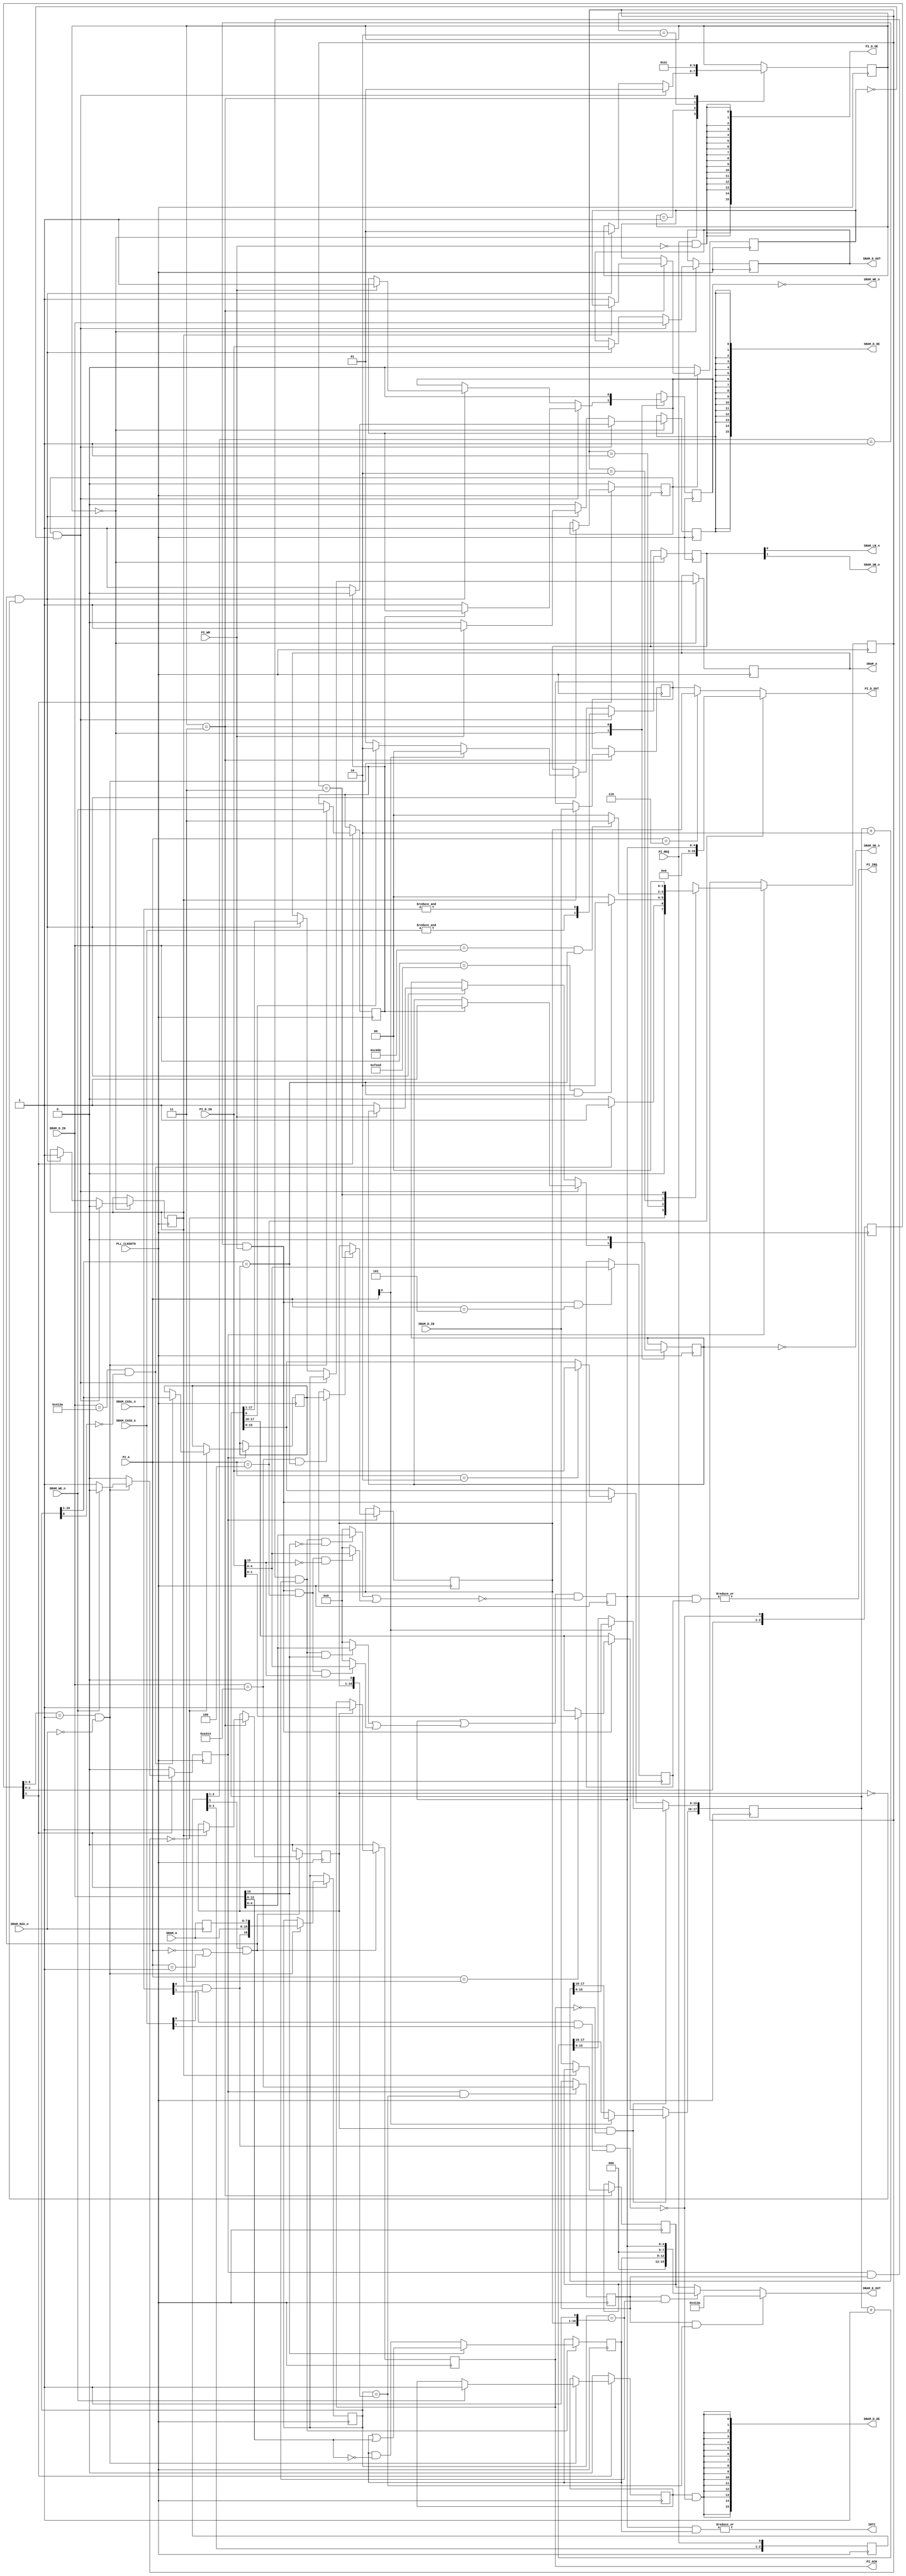
module a314(
    input PLL_CLKOUT0,

    // Amiga signals
    output INT2,
    input DRAM_WE_n,
    input DRAM_RAS_n,
    input [1:0] DRAM_CASL_n,
    input [1:0] DRAM_CASU_n,
    input [7:0] DRAM_A,
    input [15:0] DRAM_D_IN,
    output [15:0] DRAM_D_OUT,
    output [15:0] DRAM_D_OE,

    // Pi signals
    input PI_REQ,
    output PI_ACK,
    output PI_IRQ,
    input PI_WR,
    input [3:0] PI_A,
    input [15:0] PI_D_IN,
    output [15:0] PI_D_OUT,
    output [15:0] PI_D_OE,

    // SRAM signals
    output SRAM_LB_n,
    output SRAM_UB_n,
    output SRAM_OE_n,
    output SRAM_WE_n,
    output [16:0] SRAM_A,
    input [15:0] SRAM_D_IN,
    output [15:0] SRAM_D_OUT,
    output [15:0] SRAM_D_OE
);

wire clk = PLL_CLKOUT0;

// {BASE_ADDRESS, R2A_HEAD, A2R_TAIL, A2R_HEAD, R2A_TAIL}
reg [4:0] int_req;

// ######### DRAM interface logic

reg [7:0] ras_address;

always @(negedge DRAM_RAS_n)
    ras_address <= DRAM_A;

wire cas0_n = DRAM_CASL_n[0] && DRAM_CASU_n[0];
wire cas1_n = DRAM_CASL_n[1] && DRAM_CASU_n[1];
wire cas_n = cas0_n && cas1_n;

(* async_reg = "true" *) reg [2:0] cas_sync;

always @(posedge clk)
    cas_sync <= {cas_sync[1:0], !cas_n};

// Signals to the SRAM interface.
reg dram_access_request;
reg dram_access_complete;
reg [15:0] dram_data_read;
reg [16:0] dram_address;
reg dram_read;
wire [1:0] dram_dqm_n = {&DRAM_CASU_n, &DRAM_CASL_n};

reg dram_read_req;
reg dram_write_req_started;

always @(posedge clk) begin
    dram_write_req_started <= 1'b0;

    if (!cas_sync[1]) begin
        dram_read_req <= 1'b0;
        dram_access_request <= 1'b0;
    end else if (cas_sync[2:1] == 2'b01 && !DRAM_RAS_n) begin
        dram_address <= {cas0_n, DRAM_A, ras_address};
        dram_read <= DRAM_WE_n;
        if (DRAM_WE_n)
            dram_read_req <= 1'b1;
        else
            dram_write_req_started <= 1'b1;
        // Always issue an sram access, even when reading com area words.
        dram_access_request <= 1'b1;
    end
end

// Com area base address state machine.
reg [15:0] tentative_com_area_base_address;
reg [15:0] com_area_base_address = 16'hffff;

localparam [1:0] CABA_DET_IDLE = 2'd0;
localparam [1:0] CABA_DET_MATCHED_WORD1 = 2'd1;
localparam [1:0] CABA_DET_MATCHED_WORD2 = 2'd2;
localparam [1:0] CABA_DET_MATCHED_WORD3 = 2'd3;

reg [1:0] caba_det_state = CABA_DET_IDLE;

wire matches_tentative_caba = dram_address[16:1] == tentative_com_area_base_address;

always @(posedge clk) begin
    if (dram_write_req_started) begin
        case (caba_det_state)
            CABA_DET_IDLE: begin
                if (DRAM_D_IN == 16'h413a && !dram_address[0]) begin
                    tentative_com_area_base_address <= dram_address[16:1];
                    caba_det_state <= CABA_DET_MATCHED_WORD1;
                end else
                    caba_det_state <= CABA_DET_IDLE;
            end
            CABA_DET_MATCHED_WORD1: begin
                if (DRAM_D_IN == 16'hfeed && matches_tentative_caba)
                    caba_det_state <= CABA_DET_MATCHED_WORD2;
                else
                    caba_det_state <= CABA_DET_IDLE;
            end
            CABA_DET_MATCHED_WORD2: begin
                if (DRAM_D_IN == 16'hc0de && matches_tentative_caba)
                    caba_det_state <= CABA_DET_MATCHED_WORD3;
                else
                    caba_det_state <= CABA_DET_IDLE;
            end
            CABA_DET_MATCHED_WORD3: begin
                if (DRAM_D_IN == 16'ha314 && matches_tentative_caba)
                    com_area_base_address <= tentative_com_area_base_address;
                caba_det_state <= CABA_DET_IDLE;
            end
        endcase
    end
end

reg com_area_unlocked;

always @(posedge clk) begin
    if (dram_write_req_started && dram_address == {com_area_base_address, 1'b0})
        com_area_unlocked <= DRAM_D_IN == 16'ha314;
end

wire am_write_irq = dram_write_req_started && com_area_unlocked && dram_address == {com_area_base_address, 1'b1};
wire [4:0] am_set_bits = am_write_irq && DRAM_D_IN[15] ? DRAM_D_IN[4:0] : 5'd0;
wire [4:0] am_clr_bits = am_write_irq && !DRAM_D_IN[15] ? DRAM_D_IN[4:0] : 5'd0;

reg [4:0] am_int_ena;
assign INT2 = |(int_req & am_int_ena);

always @(posedge clk) begin
    if (am_write_irq) begin
        if (DRAM_D_IN[15])
            am_int_ena <= am_int_ena | DRAM_D_IN[12:8];
        else
            am_int_ena <= am_int_ena & ~DRAM_D_IN[12:8];
    end
end

reg [15:0] dram_data_out;
assign DRAM_D_OUT = dram_data_out;

always @(*) begin
    if (com_area_unlocked && dram_address == {com_area_base_address, 1'b0})
        dram_data_out <= 16'h413a;
    else if (com_area_unlocked && dram_address == {com_area_base_address, 1'b1})
        dram_data_out <= {3'd0, am_int_ena, 3'd0, int_req};
    else
        dram_data_out <= dram_data_read;
end

wire dram_drive_data = dram_read_req && !cas_n;
assign DRAM_D_OE = {16{dram_drive_data}};

// ######### Pi interface logic

localparam [3:0] PI_REG_SRAM_BYTE = 4'd0;
localparam [3:0] PI_REG_SRAM_WORD = 4'd1;
localparam [3:0] PI_REG_ADDR_LO = 4'd2;
localparam [3:0] PI_REG_ADDR_HI = 4'd3;
localparam [3:0] PI_REG_INT_REQ = 4'd4;
localparam [3:0] PI_REG_INT_ENA = 4'd5;
localparam [3:0] PI_REG_CA_BASE_ADDR = 4'd6;
localparam [3:0] PI_REG_RESERVED7 = 4'd7;

(* async_reg = "true" *) reg [2:0] pi_req_sync;

always @(posedge clk)
    pi_req_sync <= {pi_req_sync[1:0], PI_REQ};

wire pi_access_request = pi_req_sync[1] && (PI_A == PI_REG_SRAM_BYTE || PI_A == PI_REG_SRAM_WORD);
reg pi_access_complete;
reg [15:0] pi_data_read;

wire pi_write_req = pi_req_sync[2:1] == 2'b01 && PI_WR;
wire pi_read = !PI_WR;

reg pi_acknowledge;
assign PI_ACK = pi_acknowledge;

always @(posedge clk) begin
    if (!pi_access_request)
        pi_acknowledge <= 1'b0;
    else if (pi_access_complete)
        pi_acknowledge <= 1'b1;
end

// The pi address is 18 bits, i.e., can address 256k bytes individually.
reg [17:0] pi_address;

always @(posedge clk) begin
    if (pi_access_complete && !pi_acknowledge) begin
        if (PI_A[0]) // PI_REG_SRAM_WORD
            pi_address <= pi_address + 18'd2;
        else // PI_REG_SRAM_BYTE
            pi_address <= pi_address + 18'd1;
    end else if (pi_write_req) begin
        case (PI_A)
            PI_REG_ADDR_LO: pi_address[15:0] <= PI_D_IN;
            PI_REG_ADDR_HI: pi_address[17:16] <= PI_D_IN[1:0];
        endcase
    end
end

reg [1:0] pi_dqm_n;

always @(*) begin
    if (PI_A[0]) // Word.
        pi_dqm_n <= 2'b00;
    else if (pi_address[0]) // Odd byte.
        pi_dqm_n <= 2'b10;
    else // Even byte.
        pi_dqm_n <= 2'b01;
end

wire pi_write_irq = pi_write_req && PI_A == PI_REG_INT_REQ;
wire [4:0] pi_set_bits = pi_write_irq && PI_D_IN[15] ? PI_D_IN[4:0] : 5'd0;
wire [4:0] pi_clr_bits = pi_write_irq && !PI_D_IN[15] ? PI_D_IN[4:0] : 5'd0;

reg [4:0] pi_int_ena;
assign PI_IRQ = |(int_req & pi_int_ena);

always @(posedge clk) begin
    if (pi_write_req && PI_A == PI_REG_INT_ENA)
        pi_int_ena <= PI_D_IN[4:0];
end

reg [15:0] pi_data_out;
assign PI_D_OUT = pi_data_out;

always @(*) begin
    if (PI_A == PI_REG_INT_REQ)
        pi_data_out <= {11'd0, int_req};
    else if (PI_A == PI_REG_CA_BASE_ADDR)
        pi_data_out <= com_area_base_address;
    else
        pi_data_out <= pi_data_read;
end

wire pi_drive_data = PI_REQ && !PI_WR;
assign PI_D_OE = {16{pi_drive_data}};

// ######### Interrupt logic

wire [4:0] set_bits = am_set_bits | pi_set_bits;
wire [4:0] clr_bits = am_clr_bits | pi_clr_bits;

always @(posedge clk)
    int_req <= (int_req | set_bits) & ~clr_bits;

// ######### SRAM interface logic

localparam SRC_DRAM = 1'b0;
localparam SRC_PI = 1'b1;

reg sram_access_source = SRC_DRAM;

reg [16:0] sram_address;
assign SRAM_A = sram_address;

reg [15:0] sram_data_write;
assign SRAM_D_OUT = sram_data_write;

reg sram_drive_data = 1'b0;
assign SRAM_D_OE = {16{sram_drive_data}};

reg [1:0] sram_dqm_n;
assign SRAM_UB_n = sram_dqm_n[1];
assign SRAM_LB_n = sram_dqm_n[0];

reg sram_we = 1'b0;
reg sram_oe = 1'b0;
assign SRAM_WE_n = !sram_we;
assign SRAM_OE_n = !sram_oe;

// SRAM state machine.

localparam [1:0] SRAM_IDLE = 2'd0;
localparam [1:0] SRAM_DELAY1 = 2'd1;
localparam [1:0] SRAM_DELAY2 = 2'd2;
localparam [1:0] SRAM_TERMINATE = 2'd3;

reg [1:0] sram_state = SRAM_IDLE;

always @(posedge clk) begin
    case (sram_state)
        SRAM_IDLE: begin
            sram_drive_data <= 1'b0;

            if (dram_access_request && !dram_access_complete) begin
                sram_access_source <= SRC_DRAM;
                sram_address <= dram_address;
                sram_data_write <= DRAM_D_IN;
                sram_dqm_n <= dram_dqm_n;

                if (dram_read) begin // Read.
                    sram_oe <= 1'b1;
                end else begin // Write.
                    sram_drive_data <= 1'b1;
                    sram_we <= 1'b1;
                end

                sram_state <= SRAM_DELAY1;
            end else if (pi_access_request && !pi_access_complete) begin
                sram_access_source <= SRC_PI;
                sram_address <= pi_address[17:1];
                sram_data_write <= PI_D_IN;
                sram_dqm_n <= pi_dqm_n;

                if (pi_read) // Read.
                    sram_oe <= 1'b1;
                else begin // Write.
                    sram_drive_data <= 1'b1;
                    sram_we <= 1'b1;
                end

                sram_state <= SRAM_DELAY1;
            end
        end
        SRAM_DELAY1: begin
            sram_state <= SRAM_DELAY2;
        end
        SRAM_DELAY2: begin
            sram_state <= SRAM_TERMINATE;
        end
        SRAM_TERMINATE: begin
            if (sram_access_source == SRC_DRAM) begin
                dram_data_read <= SRAM_D_IN;
                dram_access_complete <= 1'b1;
            end else begin // SRC_PI
                pi_data_read <= SRAM_D_IN;
                pi_access_complete <= 1'b1;
            end

            sram_oe <= 1'b0;
            sram_we <= 1'b0;
            // sram_drive_data is cleared in the idle state.

            sram_state <= SRAM_IDLE;
        end
    endcase

    if (!dram_access_request)
        dram_access_complete <= 1'b0;

    if (!pi_access_request)
        pi_access_complete <= 1'b0;
end

endmodule